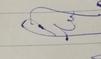
Signature authenticity: forged